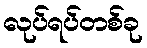
လုပ်ရပ်တစ်ခု